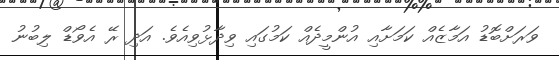
ވަރަށްބޮޑު އަމާޒެއް ކަމަށާއި އުންމީދެއް ކަމުގައި ވިދާޅުވިއެވެ. އަދި ރޭ އެވޯޑް ލިބުނު